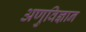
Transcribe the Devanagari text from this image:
अणुविज्ञान